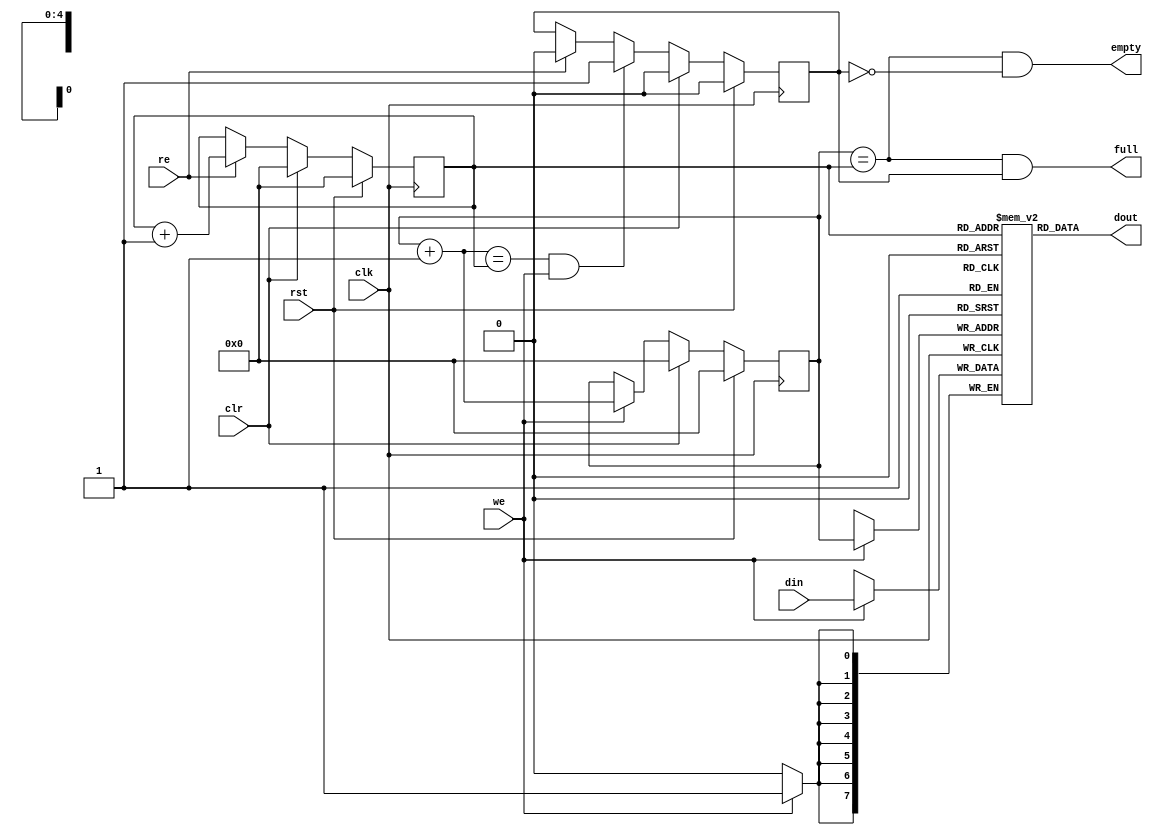
module fifo32(clk, rst, clr,  din, we, dout, re, full, empty);

input		clk, rst;
input		clr;
input   [7:0]	din;
input		we;
output  [7:0]	dout;
input		re;
output		full, empty;


////////////////////////////////////////////////////////////////////
//
// Local Wires
//

reg     [7:0]	mem[0:31];
reg     [4:0]   wp;
reg     [4:0]   rp;
wire    [4:0]   wp_p1;
wire    [4:0]   wp_p2;
wire    [4:0]   rp_p1;
wire		full, empty;
reg		gb;

////////////////////////////////////////////////////////////////////
//
// Misc Logic
//

always @(posedge clk)
        if(rst)	wp <= #1 0;
        else
        if(clr)		wp <= #1 0;
        else
        if(we)		wp <= #1 wp_p1;

assign wp_p1 = wp + 1;
assign wp_p2 = wp + 2;

always @(posedge clk)
        if(rst)	rp <= #1 0;
        else
        if(clr)		rp <= #1 0;
        else
        if(re)		rp <= #1 rp_p1;

assign rp_p1 = rp + 1;

// Fifo Output
assign  dout = mem[ rp ];

// Fifo Input 
always @(posedge clk)
        if(we)     mem[ wp ] <= #1 din;

// Status
assign empty = (wp == rp) & !gb;
assign full  = (wp == rp) &  gb;

// Guard Bit ...
always @(posedge clk)
	if(rst)			gb <= #1 0;
	else
	if(clr)				gb <= #1 0;
	else
	if((wp_p1 == rp) & we)		gb <= #1 1;
	else
	if(re)				gb <= #1 0;

endmodule